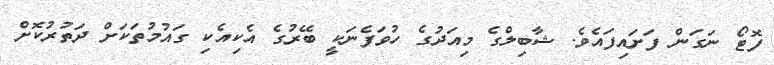
ފޮޓޯ ނަގަން ފަށައިފައެވެ. ޝާބިލްގެ މިއަދުގެ ހުވަފެނަކީ ބޭރުގެ އެކިއެކި ގައުމުތަކަށް ދަތުރުކޮށް